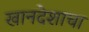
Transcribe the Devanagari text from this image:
खानदेशाचा